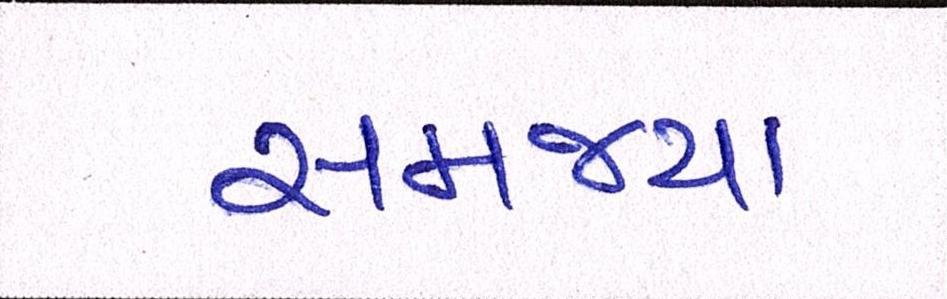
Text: સમજ્યા